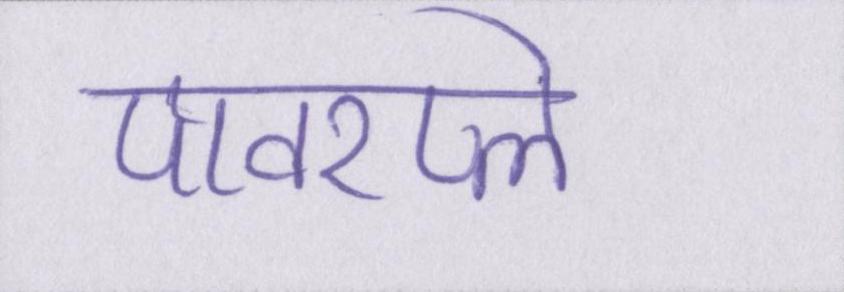
पावरप्ले